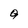
Character: Q